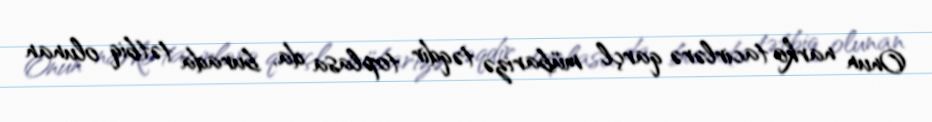
Onun narko tacirlərə qarçl mübarizə təqdir toplasa da, burada tətbiq olunan